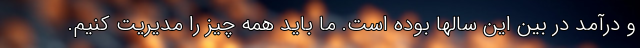
و درآمد در بین این سالها بوده است. ما باید همه چیز را مدیریت کنیم.